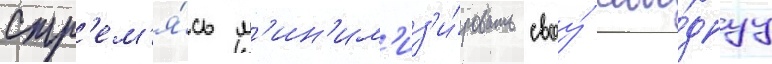
Стр'ем'я́сь м'ин'им'из'и́ровать своу́ свобо́днуу